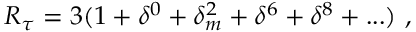
R _ { \tau } = 3 ( 1 + \delta ^ { 0 } + \delta _ { m } ^ { 2 } + \delta ^ { 6 } + \delta ^ { 8 } + . . . ) \, \, ,